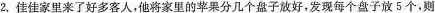
2.佳佳家里来了好多客人，他将家里的苹果分几个盘子放好，发现每个盘子放5个，则